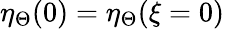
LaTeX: \eta_{\Theta}(0)=\eta_{\Theta}(\xi=0)